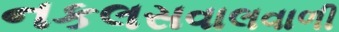
નકલસવાલવાળી